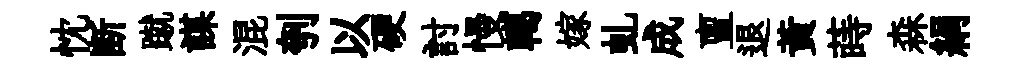
忱断蹴謀混刳以硬討慢轕嫁虬成亶退黄蒔森絹